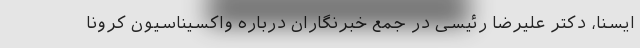
ایسنا، دکتر علیرضا رئیسی در جمع خبرنگاران درباره واکسیناسیون کرونا